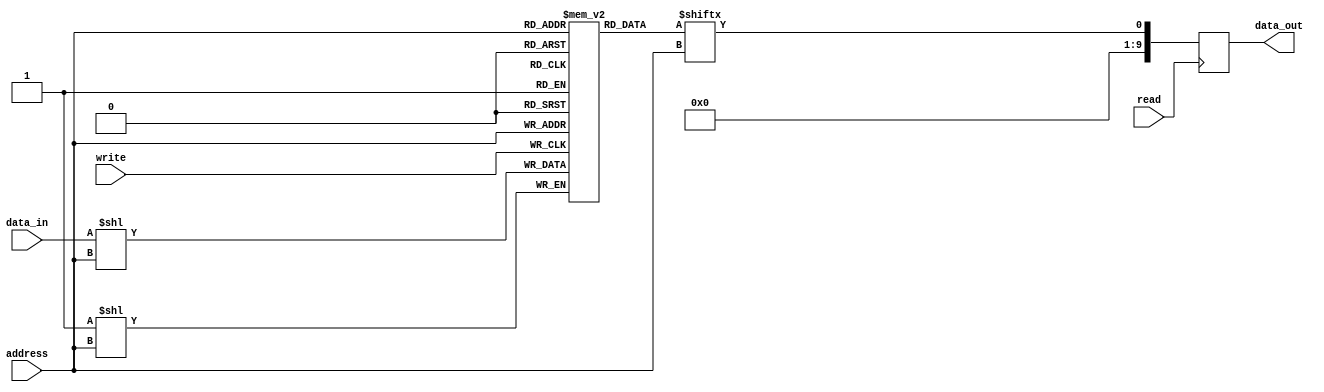
module MemoryBlocksDRAM (
    input wire [9:0] address,
    input wire read,
    input wire write,
    input wire [9:0] data_in,
    output reg [9:0] data_out
);

// Memory array consisting of multiple memory cells
reg [9:0] memory_array [0:1023];

// Row decoder selecting specific row of memory cells based on address input
reg [9:0] row_address;
assign row_address = address[9:0];

// Column decoder selecting specific column of memory cells based on address input
reg [9:0] column_address;
assign column_address = address[9:0];

// Sense amplifiers amplifying weak signal read from selected memory cell
reg [9:0] sense_amplified_data;

// Write circuitry writing data to selected memory cell based on input data and address
always @ (posedge write)
begin
    memory_array[row_address][column_address] <= data_in;
end

// Control logic coordinating operation of row and column decoders, sense amplifiers, and write circuitry
always @ (posedge read)
begin
    if (read)
    begin
        data_out <= memory_array[row_address][column_address];
        sense_amplified_data <= memory_array[row_address][column_address];
    end
end

endmodule